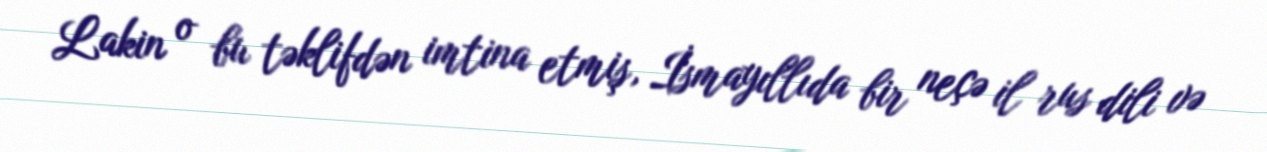
Lakin o bu təklifdən imtina etmiş, İsmayıllıda bir neçə il rus dili və